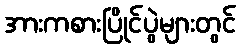
အားကစားပြိုင်ပွဲများတွင်